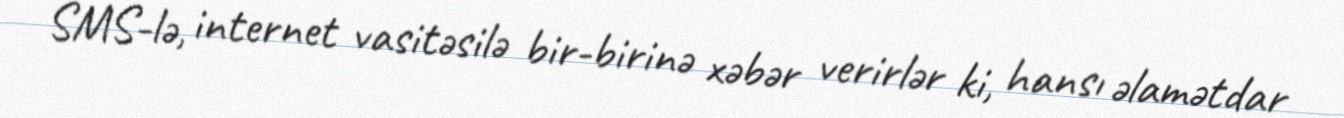
SMS-lə, internet vasitəsilə bir-birinə xəbər verirlər ki, hansı əlamətdar